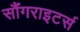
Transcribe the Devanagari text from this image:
सौंगराइटर्स